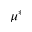
\mu ^ { * }